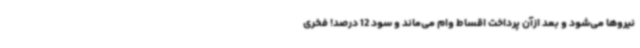
نیروها می‌شود و بعد ازآن پرداخت اقساط وام می‌ماند و سود 12 درصد! فخری